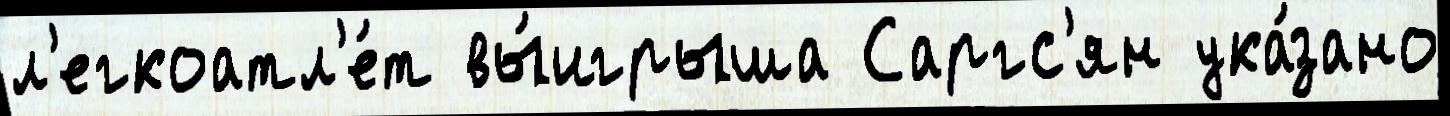
л'егкоатл'е́т вы́игрыша Саргс'ян ука́зано